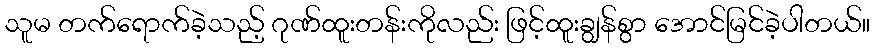
သူမ တက်ရောက်ခဲ့သည့် ဂုဏ်ထူးတန်းကိုလည်း ဖြင့်ထူးချွန်စွာ အောင်မြင်ခဲ့ပါတယ်။